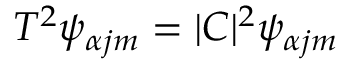
T ^ { 2 } \psi _ { \alpha j m } = | C | ^ { 2 } \psi _ { \alpha j m }